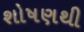
શોષણથી